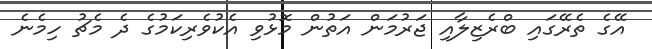
އޭގެ ތެރޭގައި ބްރެޒިލާއި ޖަރުމަން އަތުން މޮޅުވި އެކުވެރިކަމުގެ ދެ މެޗު ހިމެނެ